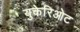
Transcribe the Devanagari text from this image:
युकेरिओट